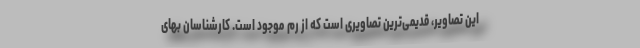
این تصاویر، قدیمی‌ترین تصاویری است که از رم موجود است. کارشناسان بهای